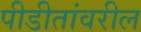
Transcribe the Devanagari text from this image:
पीडीतांवरील